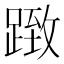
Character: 𨂤